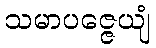
သမာပဇ္ဇေယျံ